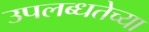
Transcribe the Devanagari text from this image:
उपलब्धतेच्या